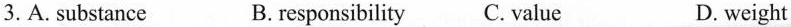
3.A.substance B. responsibility C. value_ D. weight